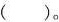
()。